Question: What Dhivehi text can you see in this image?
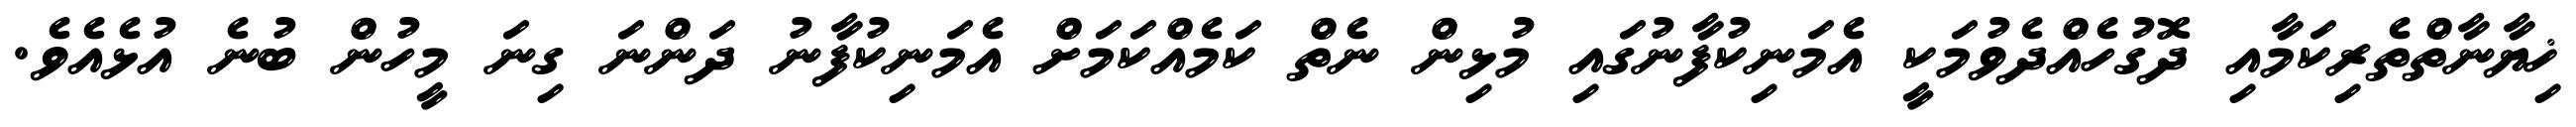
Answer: ޚިޔާނާތްތެރިކަމާއި ދޮގުހެއްދެވުމަކީ އެމަނިކުފާނުގައި މުޅިން ނެތް ކަމެއްކަމަށް އެމަނިކުފާނު ދަންނަ ގިނަ މީހުން ބުނެ އުޅެއެވެ.